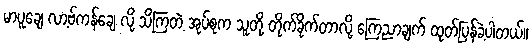
မာပူချေ လာ့ဗ်ကန်ချေ လို့ သိကြတဲ့ အုပ်စုက သူတို့ တိုက်ခိုက်တာလို့ ကြေညာချက် ထုတ်ပြန်ခဲ့ပါတယ်။